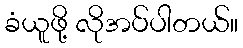
ခံယူဖို့ လိုအပ်ပါတယ်။